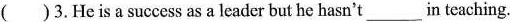
( )3.He is a success as a leader but he hasn't___in teaching.